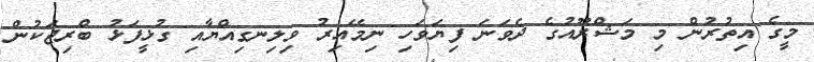
މީގެ އިތުރުން މި މަޝްރޫއުގެ ދެވަނަ ފިޔަވަހި ނިމޭއިރު ވިލިނގިއްޔާއި ގުޅީފަޅު ބްރިޖަކުން